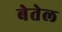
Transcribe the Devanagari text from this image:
बेतेल